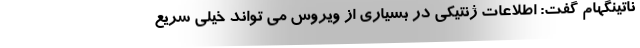
ناتینگهام گفت: اطلاعات ژنتیکی در بسیاری از ویروس می تواند خیلی سریع